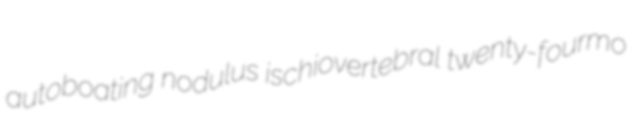
autoboating nodulus ischiovertebral twenty-fourmo